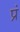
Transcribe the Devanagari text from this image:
प्रं